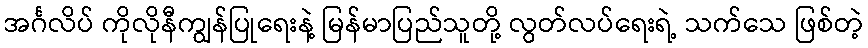
အင်္ဂလိပ် ကိုလိုနီကျွန်ပြုရေးနဲ့ မြန်မာပြည်သူတို့ လွတ်လပ်ရေးရဲ့ သက်သေ ဖြစ်တဲ့